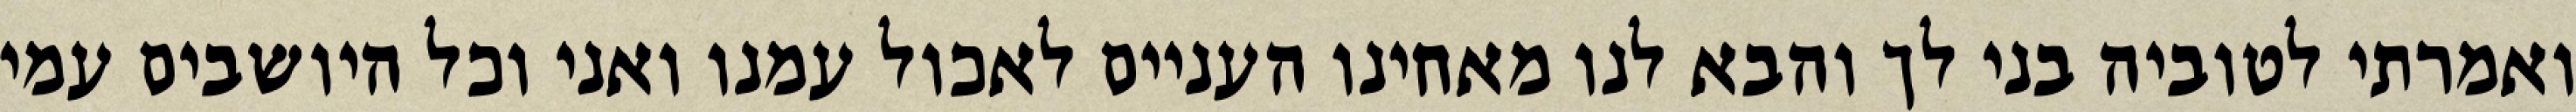
ואמרתי לטוביה בני לך והבא לנו מאחינו העניים לאכול עמנו ואני וכל היושבים עמי